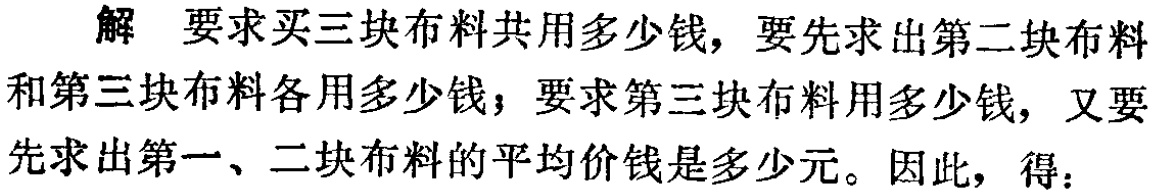
解 要求买三块布料共用多少钱，要先求出第二块布料和第三块布料各用多少钱；要求第三块布料用多少钱，又要先求出第一、二块布料的平均价钱是多少元。因此，得：